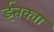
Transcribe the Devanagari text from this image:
ईतक्या